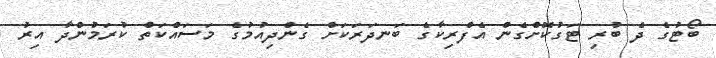
ބޯޓުގެ ދެ ބުރި ޓަގުކޮށްގެން އެފްރިކާގެ ބަނދަރަކަށް ގެންދިއުމުގެ މަސައްކަތް ކުރަމުންދާ އިރު